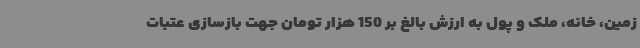
زمین، خانه، ملک و پول به ارزش بالغ بر 150 هزار تومان جهت بازسازی عتبات